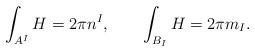
LaTeX: \begin{align*}\int_{A^I} H = 2 \pi n^I, \qquad \int_{B_I} H = 2 \pi m_I.\end{align*}